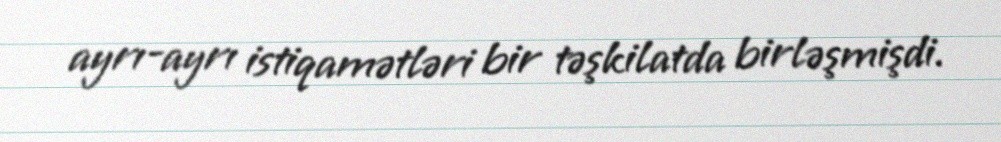
ayrı-ayrı istiqamətləri bir təşkilatda birləşmişdi.